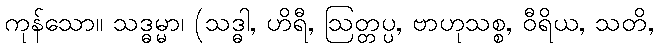
ကုန်သော။ သဒ္ဓမ္မာ၊ (သဒ္ဓါ, ဟိရီ, ဩတ္တပ္ပ, ဗာဟုသစ္စ, ဝီရိယ, သတိ,